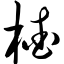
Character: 楂